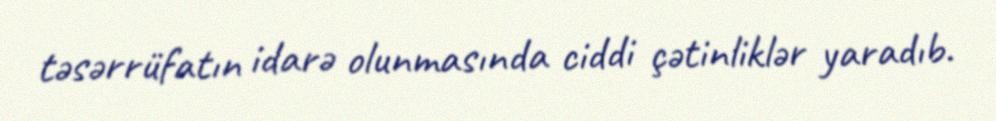
təsərrüfatın idarə olunmasında ciddi çətinliklər yaradıb.